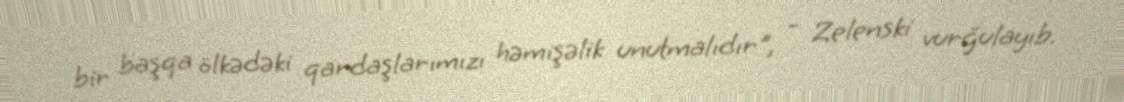
bir başqa ölkədəki qardaşlarımızı həmişəlik unutmalıdır", - Zelenski vurğulayıb.